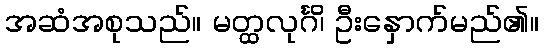
အဆံအစုသည်။ မတ္ထလုင်္ဂိ၊ ဦးနှောက်မည်၏။